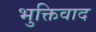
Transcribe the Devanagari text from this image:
भुक्तिवाद